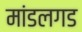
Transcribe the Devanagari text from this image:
मांडलगड